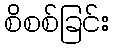
စိစစ်ခြင်း